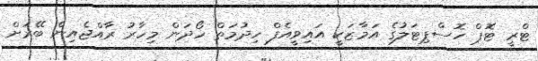
ޓްރީ ޓޮޕް ހޮސްޕިޓަލުގެ އަމާޒަކީ އައިވީއެފް ހިދުމަތް ހޯދަން މިހާރު ރާއްޖެއިން ބޭރަށް